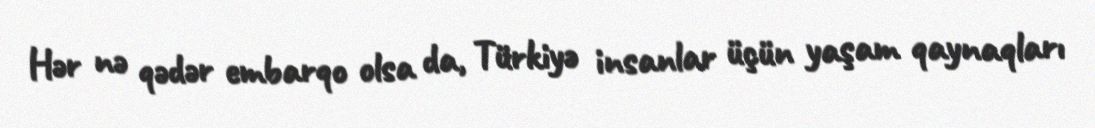
Hər nə qədər embarqo olsa da, Türkiyə insanlar üçün yaşam qaynaqları